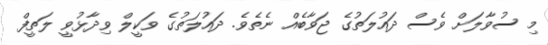
މި ސުވާލަށް ވެސް ދައުލަތުގެ ޖަވާބެއް ނެތެވެ. ދައުލަތުގެ ވަކީލް ވިދާޅުވީ ލަތީފް